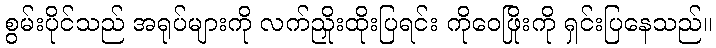
စွမ်းပိုင်သည် အရုပ်များကို လက်ညှိုးထိုးပြရင်း ကိုဝေဖြိုးကို ရှင်းပြနေသည်။